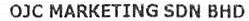
OJC MARKETING SDN BHD